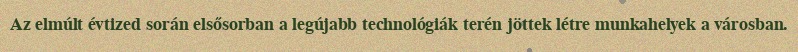
Az elmúlt évtized során elsősorban a legújabb technológiák terén jöttek létre munkahelyek a városban.